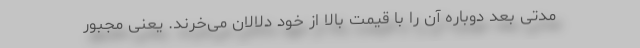
مدتی بعد دوباره آن را با قیمت بالا از خود دلالان می‌خرند. یعنی مجبور